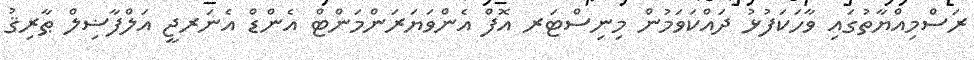
ރަސްމިއްޔާތުގައި ވާހަކަފުޅު ދައްކަވަމުން މިނިސްޓަރ އޮފް އެންވަޔަރަންމަންޓް އެންޑް އެނަރޖީ އަލްފާޟިލް ޠާރިޤު